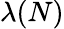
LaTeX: \lambda(N)